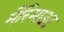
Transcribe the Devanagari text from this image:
मैरिमाउट